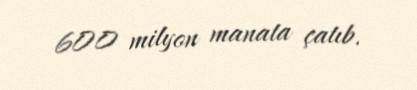
600 milyon manata çatıb.